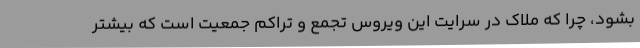
بشود، چرا که ملاک در سرایت این ویروس تجمع و تراکم جمعیت است که بیشتر